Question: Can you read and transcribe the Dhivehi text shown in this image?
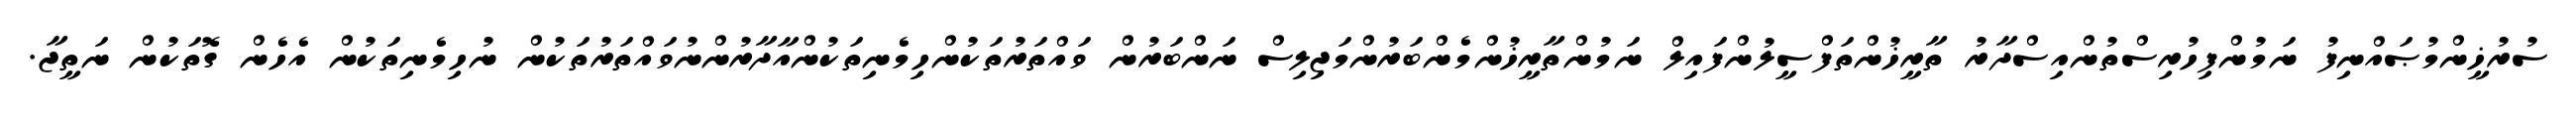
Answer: ސުރުޚީންމުޞައްނިފު ނަމުންފިހުރިސްތުންއިސްދާރު ތާރީޚުންތަފްސީލުންފައިލް ނަމުންތާރީޚުންމެންބަރުންމަޖިލިސް ނަންބަރުން ވައްތަރުތަކުންހިމެނިތަކުންއާދާރުންނުވައްތަރުތަކުން ނުހިމެނިތަކުން އެހެން ގޮތަކުން ނަތީޖާ.